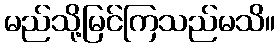
မည်သို့မြင်ကြသည်မသိ။